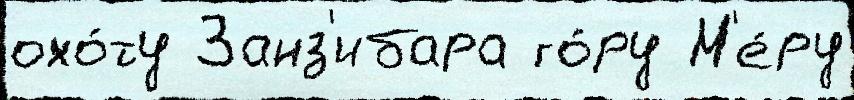
охо́ту Занз'ибара го́ру М'е́ру